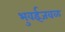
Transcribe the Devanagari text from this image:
भुवईजवळ